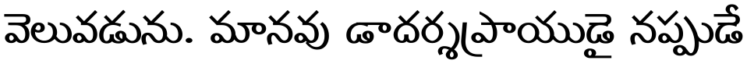
వెలువడును. మానవు డాదర్శప్రాయుడై నప్పుడే